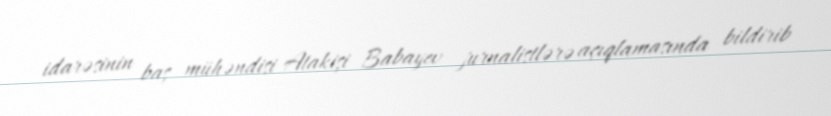
idarəsinin baş mühəndisi Atakişi Babayev jurnalistlərə açıqlamasında bildirib